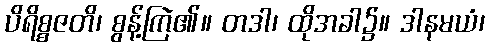
ပိရိစ္စဇတိ၊ စွန့်ကြဲ၏။ တဒါ၊ ထိုအခါ၌။ ဒါနမယံ၊